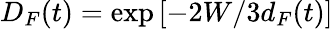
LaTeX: D_{F}(t)=\exp\left[-2W/3d_{F}(t)\right]